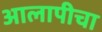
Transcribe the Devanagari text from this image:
आलापीचा